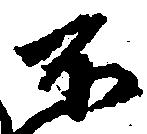
不